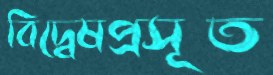
বিদ্বেষপ্রসূত